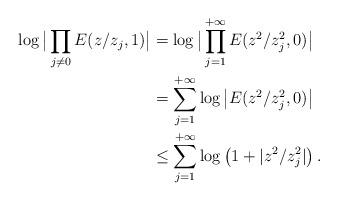
LaTeX: \begin{align*}\log \big| \prod_{j\neq0} E(z/z_j,1)\big|& = \log \big| \prod_{j=1}^{+\infty} E(z^2/z_j^2,0)\big| \\& = \sum_{j=1}^{+\infty} \log \big|E(z^2/z_j^2,0)\big| \\& \le \sum_{j=1}^{+\infty} \log \big( 1+ |z^2/z_j^2| \big) \,.\end{align*}